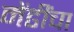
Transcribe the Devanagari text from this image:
मेंढींचा